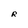
Character: R